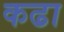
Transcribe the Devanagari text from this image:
कढा